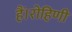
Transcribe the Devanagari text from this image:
हैं।रोहिणी